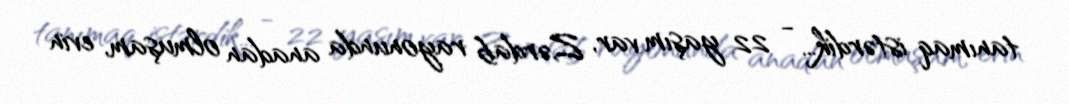
tanımaq istərdik... - 22 yaşım var, Zərdab rayonunda anadan olmuşam, evin